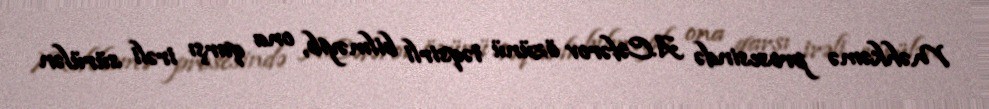
Məhkəmə prosesində A.Cəfərov özünü təqsirli bilməyib, ona qarşı irəli sürülən